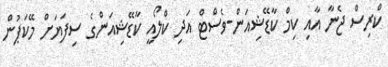
ކްރިސް ޖެނާ އާއި ކިމް ކާޑޭޝިއަން-ވެސްޓް އަދި ކްލޯއީ ކާޑޭޝިއަންގެ ސިފަޔަށް މޭކަޕުން